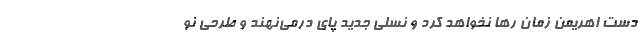
دست اهریمن زمان رها نخواهد کرد و نسلی جدید پای درمی‌نهند و طرحی نو